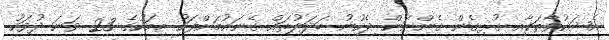
އެޝަކުވާތަކާއި ގުޅިގެން ގެންނަން ޖެހުނު ބަދަލުތައް ގެނައުމަށްފަހު މިމަހުގެ 23 ވަނަ ދުވަހު